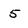
Character: 5